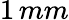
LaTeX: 1\, mm